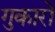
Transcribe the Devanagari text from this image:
गुकारो